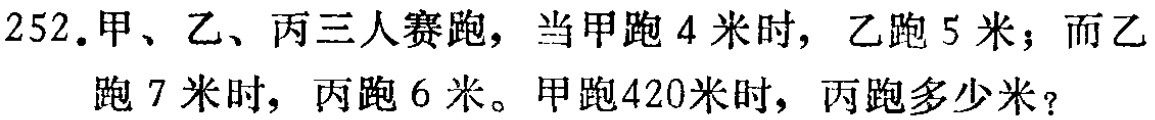
252.甲、乙、丙三人赛跑，当甲跑4米时，乙跑5米；而乙跑7米时，丙跑6米。甲跑420米时，丙跑多少米？